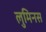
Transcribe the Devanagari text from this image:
लुमिनस